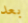
بعد